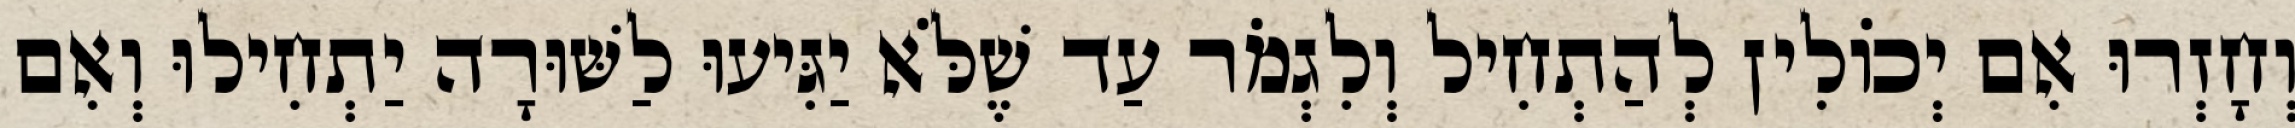
וְחָזְרוּ אִם יְכוֹלִין לְהַתְחִיל וְלִגְמֹר עַד שֶׁלֹּא יַגִּיעוּ לַשּׁוּרָה יַתְחִילוּ וְאִם